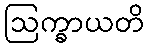
ဩက္ခာယတိ